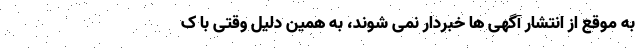
به موقع از انتشار آگهی ها خبردار نمی شوند، به همین دلیل وقتی با ک